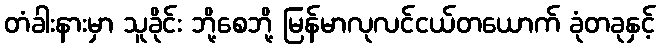
တံခါးနားမှာ သူခိုင်း ဘို့စေဘို့ မြန်မာလုလင်ငယ်တယောက် ခုံတခုနှင့်